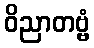
ဝိညာတဗ္ဗံ